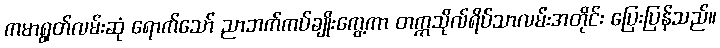
ကမာရွတ်လမ်းဆုံ ရောက်သော် ညာဘက်ကပ်ချိုးကွေ့ကာ တက္ကသိုလ်ရိပ်သာလမ်းအတိုင်း ပြေးပြန်သည်။